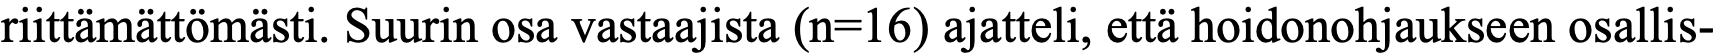
riittämättömästi. Suurin osa vastaajista (n=16) ajatteli, että hoidonohjaukseen osallis-